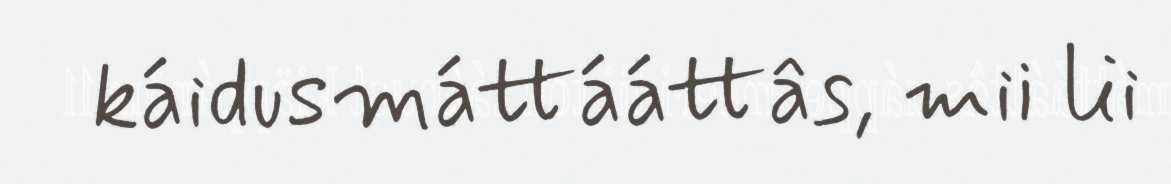
káidusmáttááttâs, mii lii